Indian journal of veterinary science and animal husbandry - Volume 1,
Year: 1931
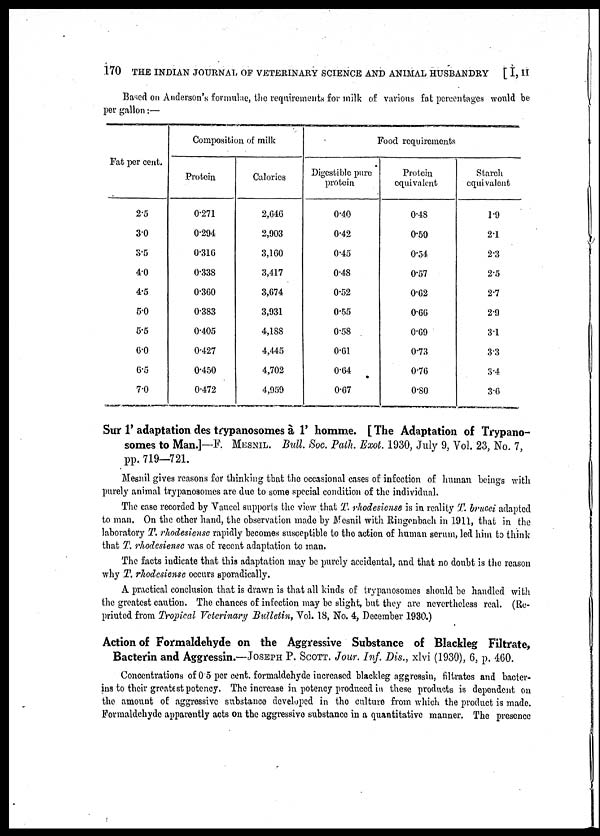
170 THE INDIAN JOURNAL OF VETERINARY SCIENCE AND ANIMAL HUSBANDRY [ I, II
Based on Anderson's formulae, the requirements for milk of various fat percentages would be
per gallon:—
Fat per cent.
2.5
3.0
3.5
4.0
4.5
5.0
5.5
6.0
6.5
7.0
Composition of milk
Protein
0.271
0.294
0.316
0.338
0.360
0.383
0.405
0.427
0.450
0.472
Calories
2,646
2,903
3,160
3,417
3,674
3,931
4,188
4,445
4,702
4,959
Food requirements
Digestible pure
protein
0.40
0.42
0.45
0.48
0.52
0.55
0.58
0.61
0.64
0.67
Protein
equivalent
0.48
0.50
0.54
0.57
0.62
0.66
0.69
0.73
0.76
0.80
Starch
equivalent
1.9
2.1
2.3
2.5
2.7
2.9
3.1
3.3
3.4
3.6
Sur 1' adaptation des trypanosomes à 1' homme. [ The Adaptation of Trypano-
somes to Man.]—F. MESNIL. Bull. Soc. Path. Exot. 1930, July 9, Vol. 23, No. 7,
pp. 719—721.
Mesnil gives reasons for thinking that the occasional cases of infection of human beings with
purely animal trypanosomes are due to some special condition of the individual.
The case recorded by Vauccl supports the view that T. rhodesiense is in reality T. brucei adapted
to man. On the other hand, the observation made by Mesnil with Ringenbach in 1911, that in the
laboratory T. rhodesiense rapidly becomes susceptible to the action of human serum, led him to think
that T. rhodesiense was of recent adaptation to man.
The facts indicate that this adaptation may be purely accidental, and that no doubt is the reason
why T. rhodesiense occurs sporadically.
A practical conclusion that is drawn is that all kinds of trypanosomes should be handled with
the greatest caution. The chances of infection may be slight, but they are nevertheless real. (Re-
printed from Tropical Veterinary Bulletin, Vol. 18, No. 4, December 1930.)
Action of Formaldehyde on the Aggressive Substance of Blackleg Filtrate,
Bacterin and Aggressin.—JOSEPH P. SCOTT. Jour. Inf. Dis., xlvi (1930), 6, p. 460.
Concentrations of 0.5 per cent. formaldehyde increased blackleg aggressin, filtrates and bacter-
ins to their greatest potency. The increase in potency produced in these products is dependent on
the amount of aggressive substance developed in the culture from which the product is made.
Formaldehyde apparently acts on the aggressive substance in a quantitative manner. The presence